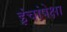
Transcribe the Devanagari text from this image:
इंचांपेक्षा